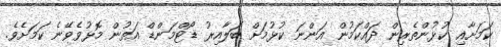
ކަމަށާއި ކުޅުންތެރިން ދައްކަމުން އަންނަ ކުޅުމަށް ބަލާއިރު ޑޯޓްމަންޑް އަތުން މޮޅުވެވޭނެ ކަމަށެެވެ.